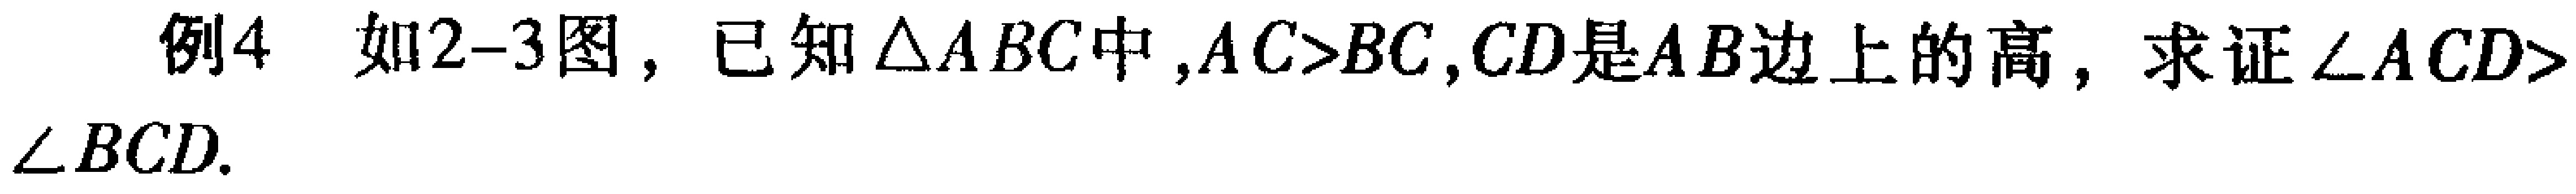
例4 如2-3图，已知$\triangle ABC$中，$AC>BC$，$CD$是$AB$边上的高，求证$\angle ACD > \angle BCD$.